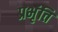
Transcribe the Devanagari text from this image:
प्रभृंति